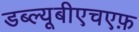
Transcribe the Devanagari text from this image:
डब्ल्यूबीएचएफ़